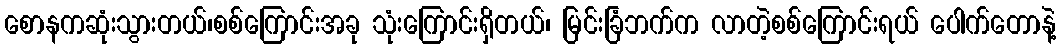
စောနကဆုံးသွားတယ်၊စစ်ကြောင်းအခု သုံးကြောင်းရှိတယ်၊ မြင်းခြံဘက်က လာတဲ့စစ်ကြောင်းရယ် ပေါက်တောနဲ့